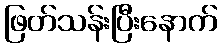
ဖြတ်သန်းပြီးနောက်